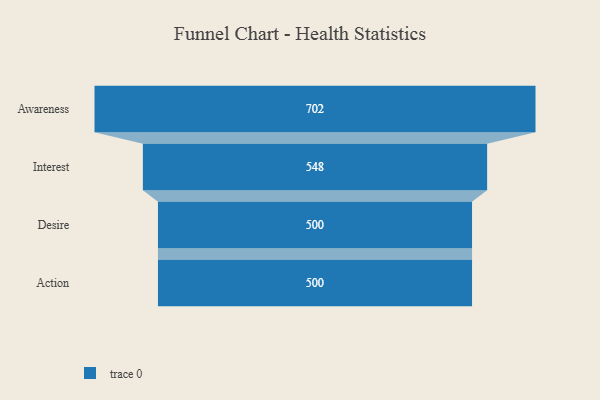
{"axis": {"x": "Stage", "y": "Value"}, "legend": [""], "data": [{"x": "Awareness", "y": 702.0, "type": ""}, {"x": "Interest", "y": 548.0, "type": ""}, {"x": "Desire", "y": 500, "type": ""}, {"x": "Action", "y": 500, "type": ""}]}